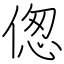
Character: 偬